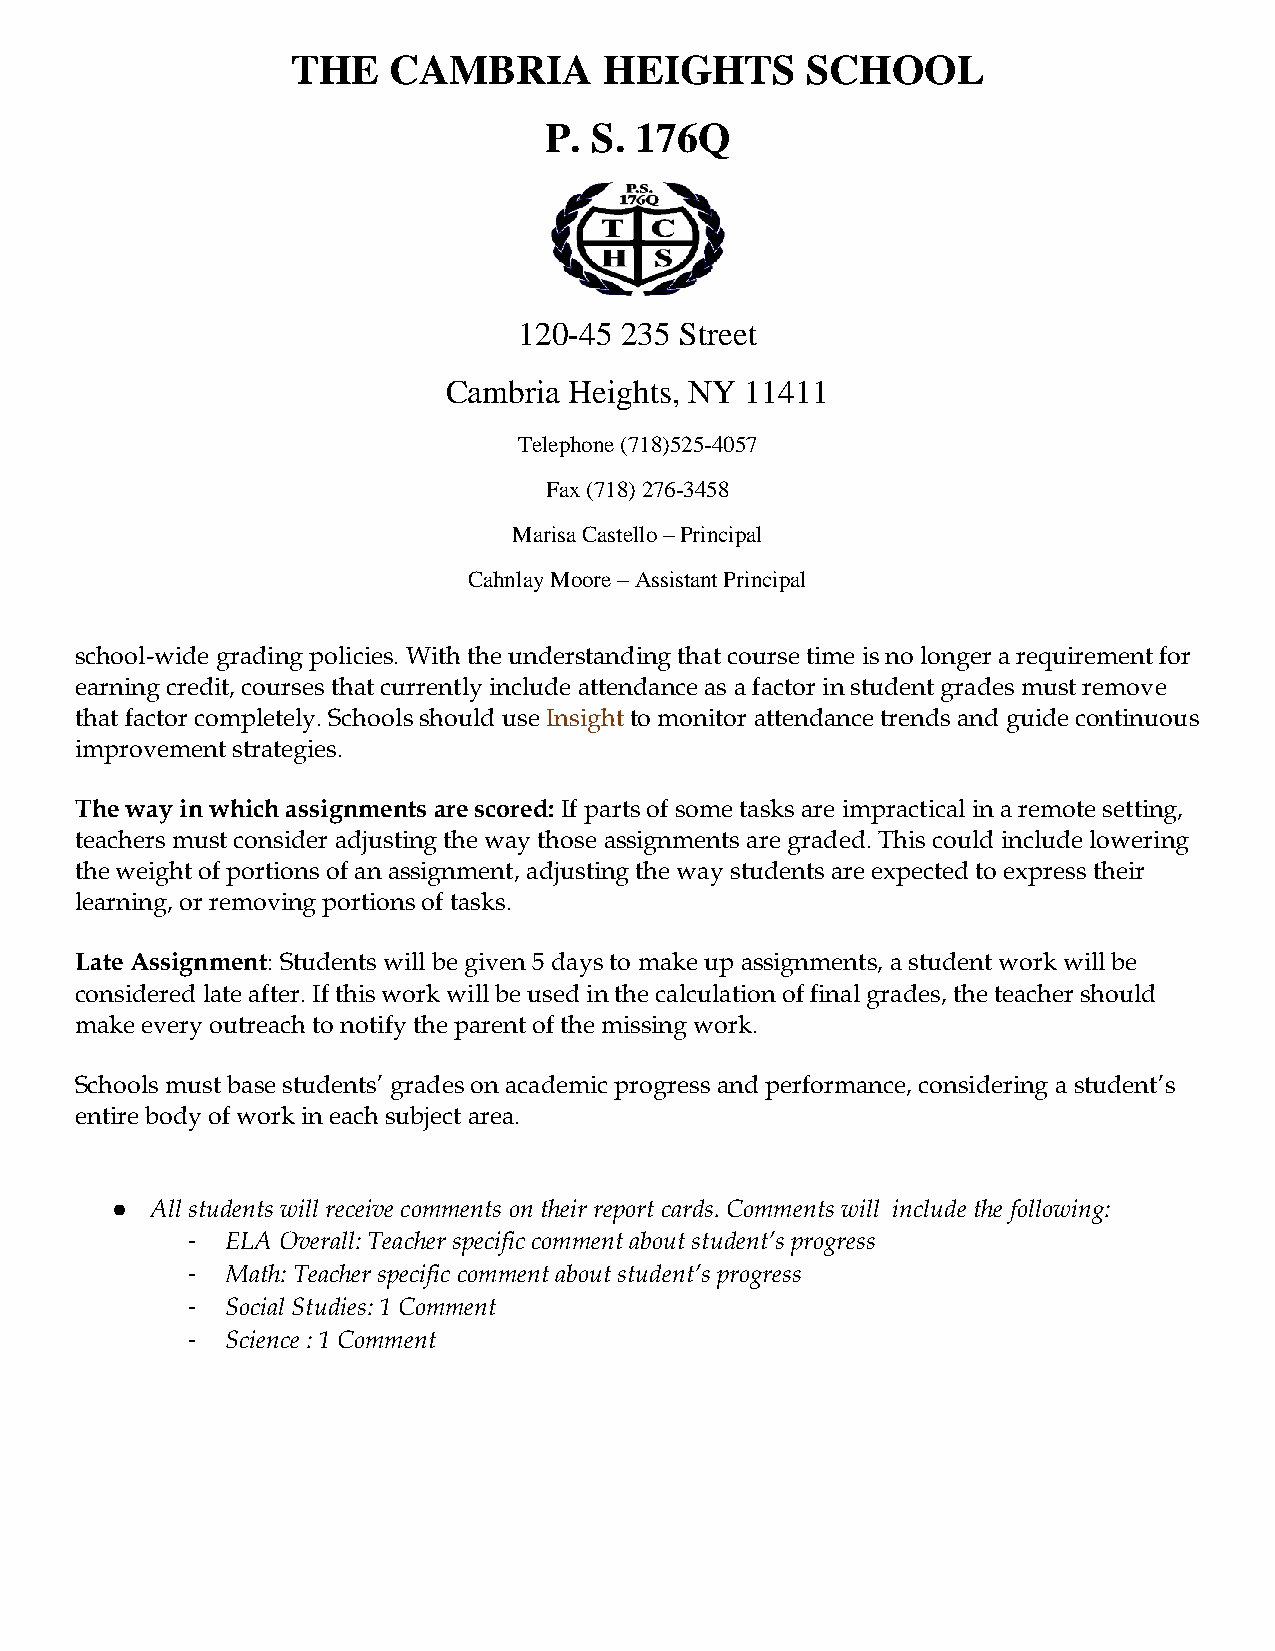
THE    CAMBRIA       HEIGHTS      SCHOOL
 P. S. 176Q
 120-45 235 Street
 Cambria Heights, NY 11411
 Telephone (718)525-4057
 Fax (718) 276-3458
 Marisa Castello – Principal
 Cahnlay Moore – Assistant Principal
 school-wide grading policies. With the understanding that course time is no longer a requirement for
 earning credit, courses that currently include attendance as a factor in student grades must remove
 that factor completely. Schools should use Insight to monitor attendance trends and guide continuous
 improvement strategies.
 The way in which assignments are scored: If parts of some tasks are impractical in a remote setting,
 teachers must consider adjusting the way those assignments are graded. This could include lowering
 the weight of portions of an assignment, adjusting the way students are expected to express their
 learning, or removing portions of tasks.
 Late Assignment: Students will be given 5 days to make up assignments, a student work will be
 considered late after. If this work will be used in the calculation of final grades, the teacher should
 make every outreach to notify the parent of the missing work.
 Schools must base students’ grades on academic progress and performance, considering a student’s
 entire body of work in each subject area.
 ●  All students will receive comments on their report cards. Comments will include the following:
 -  ELA Overall: Teacher specific comment about student’s progress
 -  Math: Teacher specific comment about student’s progress
 -  Social Studies: 1 Comment
 -  Science : 1 Comment